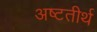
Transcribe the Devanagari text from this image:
अष्‍टतीर्थ